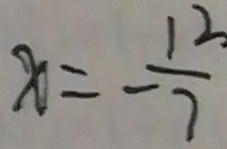
x = - \frac { 1 2 } { 7 }